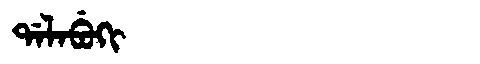
Manchu: ᡩᠠᠯᠠᠪᡠᡴᡳ
Romanization: DALABUKI